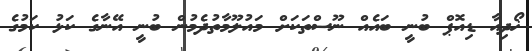
ޚޯދިއާ ޑިއޮޕް ބުނީ ބައެއް ނޫސްތަކަށް މައުލޫމާތުދެމުން ބުނީ އޭނާގެ ކަޅު ކަމުގެ